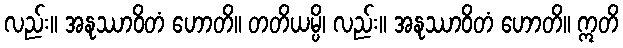
လည်း။ အနုဿာဝိတံ ဟောတိ။ တတိယမ္ပိ၊ လည်း။ အနုဿာဝိတံ ဟောတိ။ ဣတိ